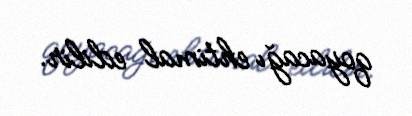
qoyacağı ehtimal edilir.